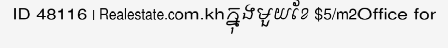
ID 48116 | Realestate.com.khក្នុងមួយខែ $5/m2Office for